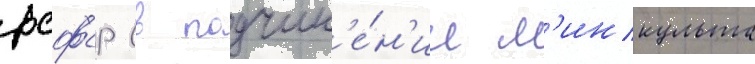
рсфср (в подчин'е́н'ии м'инкульта